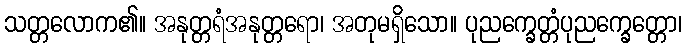
သတ္တလောက၏။ အနုတ္တရံအနုတ္တရော၊ အတုမရှိသော။ ပုညက္ခေတ္တံပုညက္ခေတ္တော၊